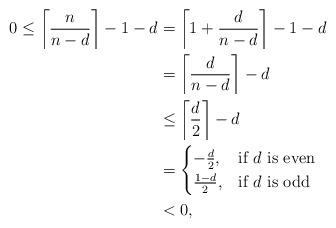
LaTeX: \begin{align*}0\leq \left\lceil\frac{n}{n-d}\right\rceil-1-d&=\left\lceil1+\frac{d}{n-d}\right\rceil-1-d\\&=\left\lceil\frac{d}{n-d}\right\rceil-d\\&\leq \left\lceil\frac{d}{2}\right\rceil-d \\&=\begin{cases} -\frac{d}{2}, & \mbox{if } d\mbox{ is even} \\ \frac{1-d}{2}, & \mbox{if } d\mbox{ is odd} \end{cases}\\&<0,\end{align*}